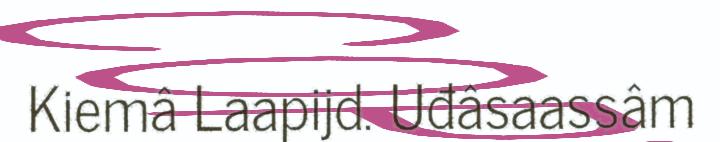
Kiemâ Laapijd. Uđâsaassâm